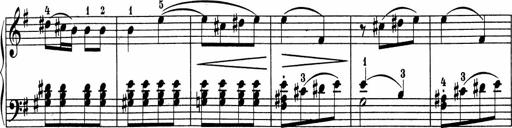
Title: 5 Sonatinen fÃ¼r die Jugend
Composer: Carl Reinecke